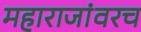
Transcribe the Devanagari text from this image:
महाराजांवरच